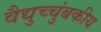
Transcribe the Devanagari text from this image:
वैद्युच्चुंबकीय